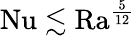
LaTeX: \mathrm{{Nu}}\lesssim\mathrm{{Ra}}^{\frac{5}{12}}